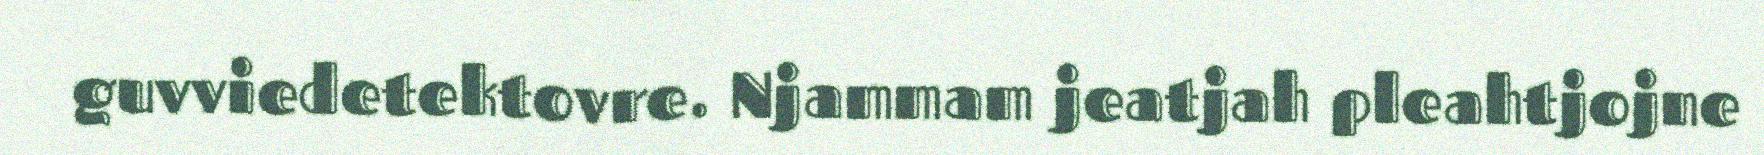
guvviedetektovre. Njammam jeatjah pleahtjojne